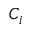
C _ { i }